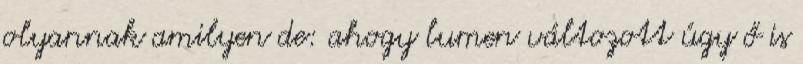
olyannak amilyen de: ahogy lumen változott úgy ő is